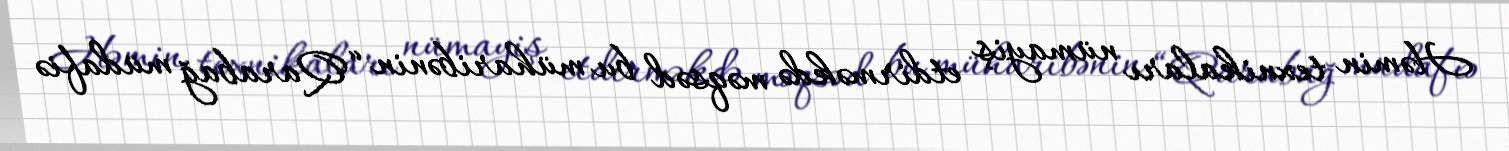
Həmin texnikaları nümayiş etdirməkdə məqsəd bu müharibənin “Qarabağ müdafiə